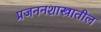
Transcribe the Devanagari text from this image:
प्रजननशास्त्रातील